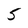
Character: 5